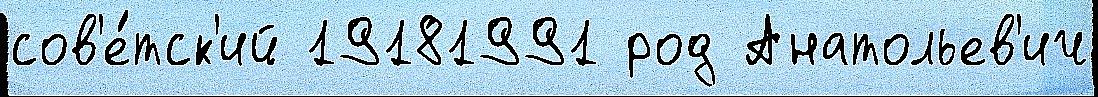
сов'е́тск'ий 19181991 род Анатольев'ич